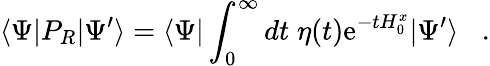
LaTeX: \langle\Psi|P_{R}|\Psi^{\prime}\rangle=\langle\Psi|\int_{0}^{\infty}dt\; \eta(t)\mathrm{e}^{-tH_{0}^{x}}|\Psi^{\prime}\rangle\; \; \; .